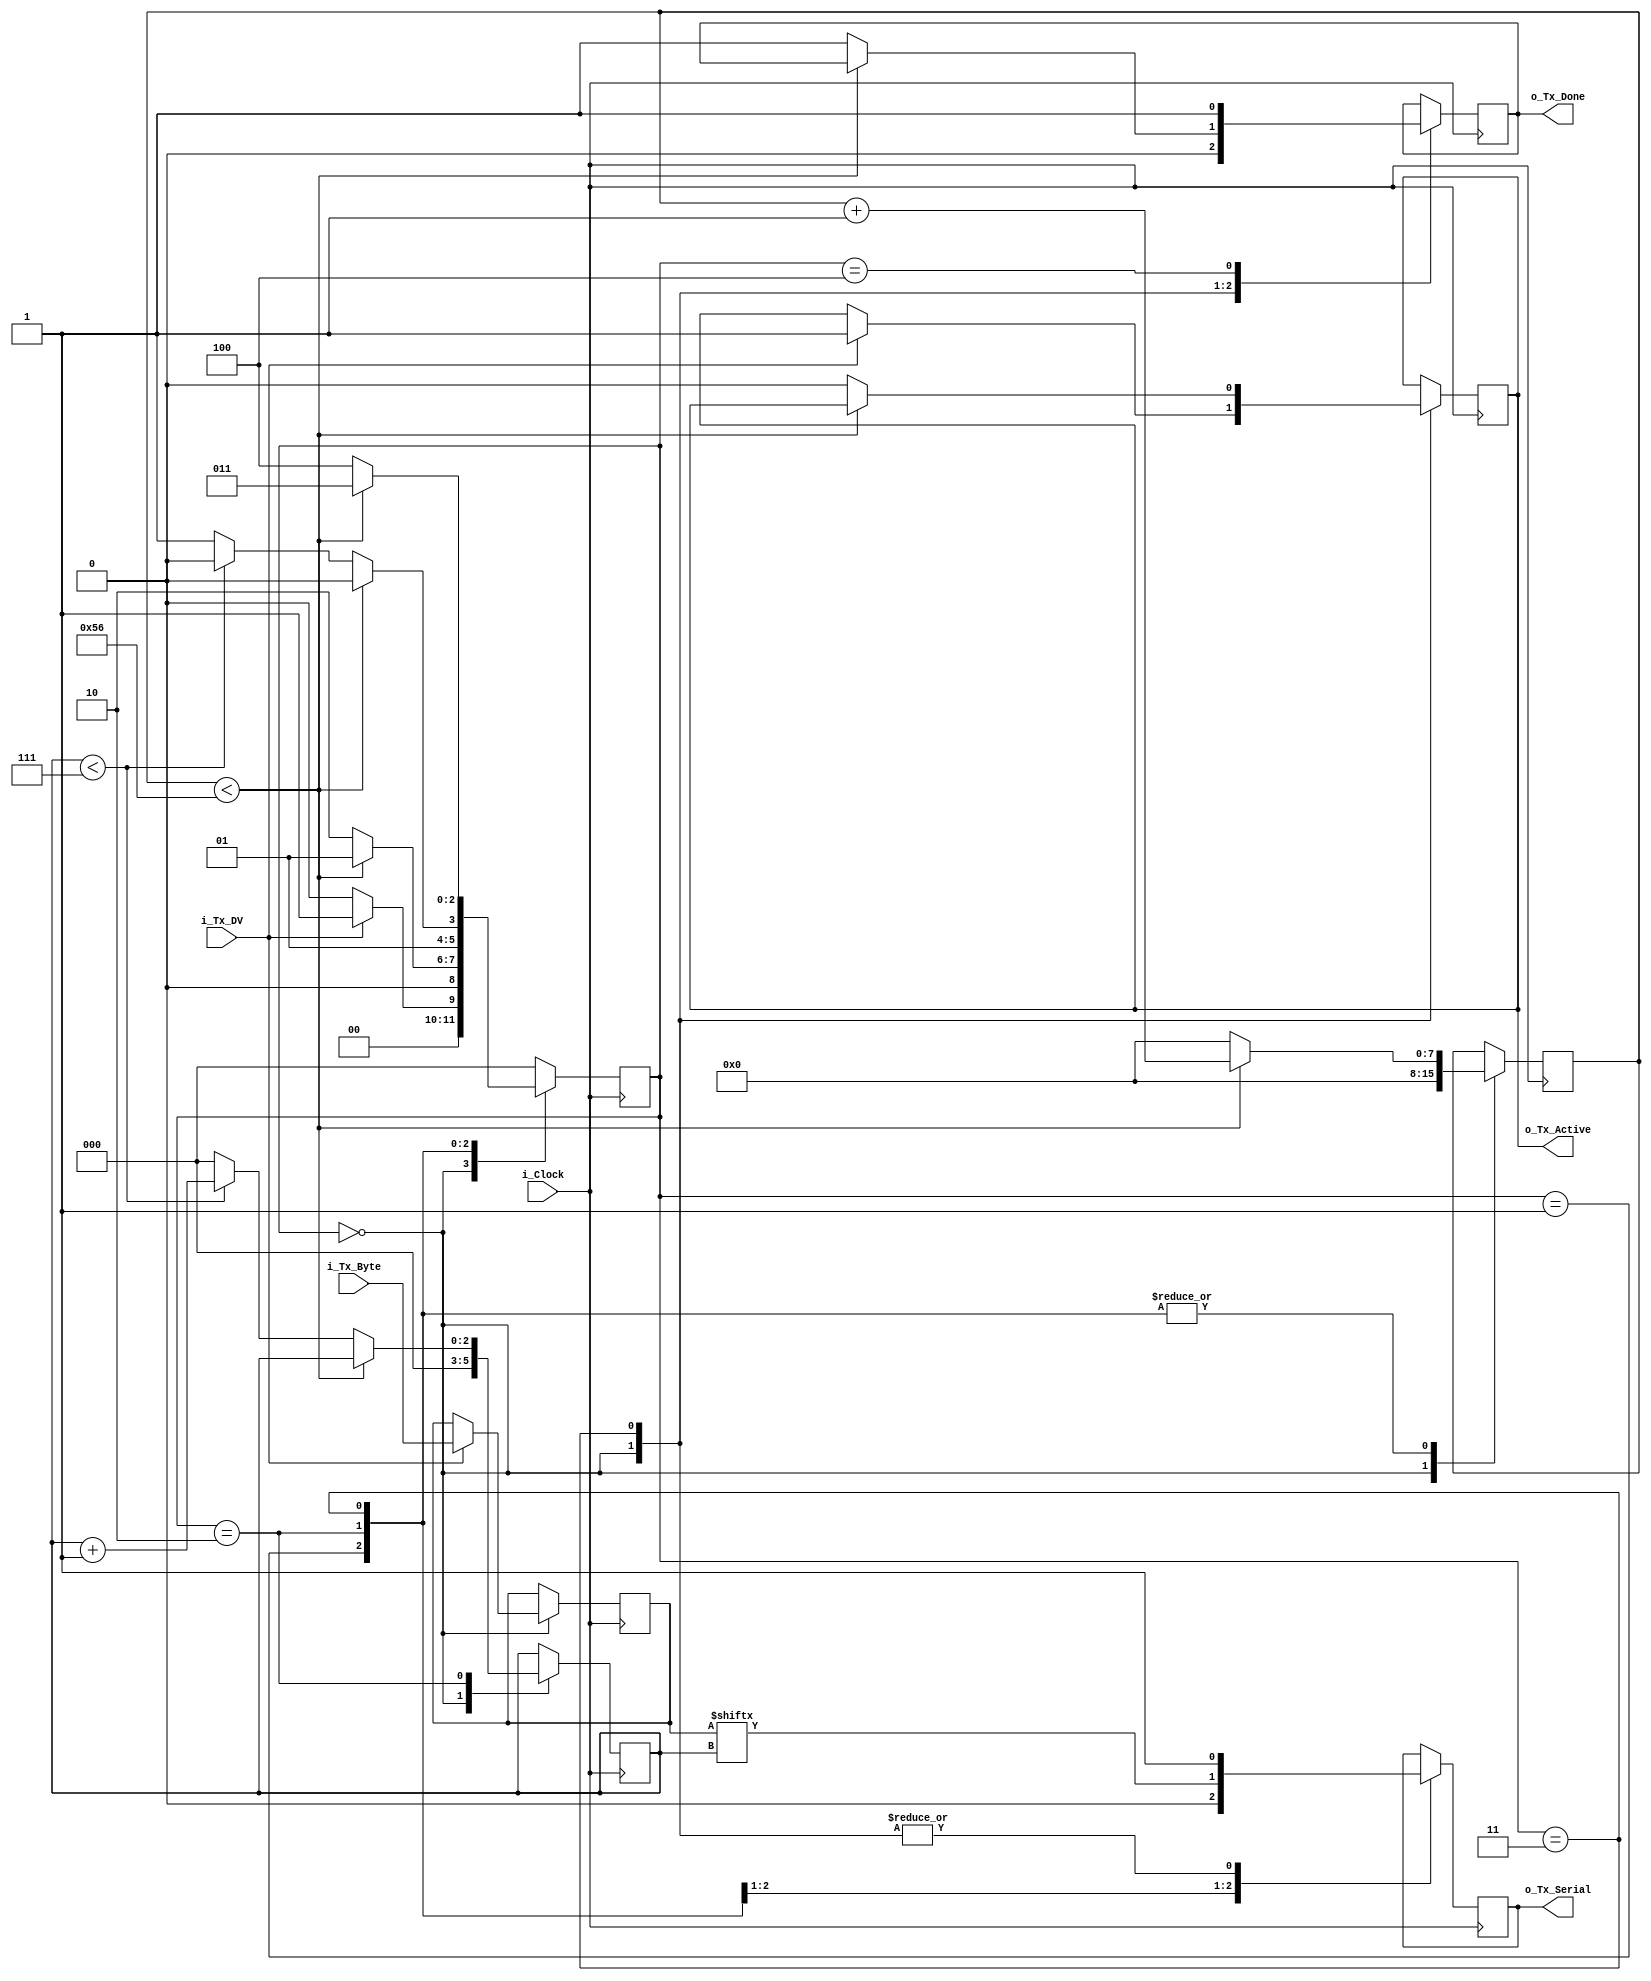
//
// Verilog Module mopshub_lib.debug_uart_transmitter
//
// Created:
//          by - dcs.dcs (chipdev2.physik.uni-wuppertal.de)
//          at - 09:59:31 11/07/22
//
// using Mentor Graphics HDL Designer(TM) 2019.4 (Build 4)
//

`resetall
`timescale 1ns/10ps
//`include "UartStates.vh"
`define RESET       3'b001
`define IDLE        3'b010
`define START_BIT   3'b011 // transmitter only
`define DATA_BITS   3'b100
`define STOP_BIT    3'b101
/*
 * 8-bit UART Transmitter.
 * Able to transmit 8 bits of serial data, one start bit, one stop bit.
 * When transmit is complete {done} is driven high for one clock cycle.
 * When transmit is in progress {busy} is driven high.
 * Clock should be decreased to baud rate.
 */
 // Set Parameter CLKS_PER_BIT as follows:
// CLKS_PER_BIT = (Frequency of i_Clock)/(Frequency of UART)
// Example: 10 MHz Clock, 115200 baud UART
// (10000000)/(115200) = 87
module debug_uart_transmitter 
  #(parameter CLKS_PER_BIT = 87
  )(
   input       i_Clock,
   input       i_Tx_DV,
   input [7:0] i_Tx_Byte, 
   output      o_Tx_Active,
   output reg  o_Tx_Serial,
   output      o_Tx_Done
   );
  
  localparam s_IDLE         = 3'b000;
  localparam s_TX_START_BIT = 3'b001;
  localparam s_TX_DATA_BITS = 3'b010;
  localparam s_TX_STOP_BIT  = 3'b011;
  localparam s_CLEANUP      = 3'b100;
   
  reg [2:0]    r_SM_Main     = 0;
  reg [7:0]    r_Clock_Count = 0;
  reg [2:0]    r_Bit_Index   = 0;
  reg [7:0]    r_Tx_Data     = 0;
  reg          r_Tx_Done     = 0;
  reg          r_Tx_Active   = 0;
     
  always @(posedge i_Clock)
    begin
       
      case (r_SM_Main)
        s_IDLE :
          begin
            o_Tx_Serial   <= 1'b1;         // Drive Line High for Idle
            r_Tx_Done     <= 1'b0;
            r_Clock_Count <= 0;
            r_Bit_Index   <= 0;
             
            if (i_Tx_DV == 1'b1)
              begin
                r_Tx_Active <= 1'b1;
                r_Tx_Data   <= i_Tx_Byte;
                r_SM_Main   <= s_TX_START_BIT;
              end
            else
              r_SM_Main <= s_IDLE;
          end // case: s_IDLE
         
         
        // Send out Start Bit. Start bit = 0
        s_TX_START_BIT :
          begin
            o_Tx_Serial <= 1'b0;
             
            // Wait CLKS_PER_BIT-1 clock cycles for start bit to finish
            if (r_Clock_Count < CLKS_PER_BIT-1)
              begin
                r_Clock_Count <= r_Clock_Count + 1;
                r_SM_Main     <= s_TX_START_BIT;
              end
            else
              begin
                r_Clock_Count <= 0;
                r_SM_Main     <= s_TX_DATA_BITS;
              end
          end // case: s_TX_START_BIT
         
         
        // Wait CLKS_PER_BIT-1 clock cycles for data bits to finish         
        s_TX_DATA_BITS :
          begin
            o_Tx_Serial <= r_Tx_Data[r_Bit_Index];
             
            if (r_Clock_Count < CLKS_PER_BIT-1)
              begin
                r_Clock_Count <= r_Clock_Count + 1;
                r_SM_Main     <= s_TX_DATA_BITS;
              end
            else
              begin
                r_Clock_Count <= 0;
                 
                // Check if we have sent out all bits
                if (r_Bit_Index < 7)
                  begin
                    r_Bit_Index <= r_Bit_Index + 1;
                    r_SM_Main   <= s_TX_DATA_BITS;
                  end
                else
                  begin
                    r_Bit_Index <= 0;
                    r_SM_Main   <= s_TX_STOP_BIT;
                  end
              end
          end // case: s_TX_DATA_BITS
         
         
        // Send out Stop bit.  Stop bit = 1
        s_TX_STOP_BIT :
          begin
            o_Tx_Serial <= 1'b1;
             
            // Wait CLKS_PER_BIT-1 clock cycles for Stop bit to finish
            if (r_Clock_Count < CLKS_PER_BIT-1)
              begin
                r_Clock_Count <= r_Clock_Count + 1;
                r_SM_Main     <= s_TX_STOP_BIT;
              end
            else
              begin
                r_Tx_Done     <= 1'b1;
                r_Clock_Count <= 0;
                r_SM_Main     <= s_CLEANUP;
                r_Tx_Active   <= 1'b0;
              end
          end // case: s_Tx_STOP_BIT
         
         
        // Stay here 1 clock
        s_CLEANUP :
          begin
            r_Tx_Done <= 1'b1;
            r_SM_Main <= s_IDLE;
          end
         
         
        default :
          r_SM_Main <= s_IDLE;
         
      endcase
    end
 
  assign o_Tx_Active = r_Tx_Active;
  assign o_Tx_Done   = r_Tx_Done;
   
endmodule